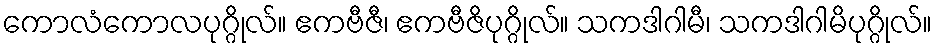
ကောလံကောလပုဂ္ဂိုလ်။ ဧကဗီဇီ၊ ဧကဗီဇိပုဂ္ဂိုလ်။ သကဒါဂါမီ၊ သကဒါဂါမိပုဂ္ဂိုလ်။